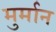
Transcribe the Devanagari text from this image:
मुर्मान